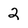
Character: 2